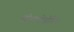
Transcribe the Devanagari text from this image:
सोमातोत्रोपिन